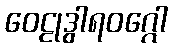
ဝေဠုဒွါရဝဂ္ဂေါ